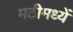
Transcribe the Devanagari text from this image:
मठीमध्यें